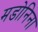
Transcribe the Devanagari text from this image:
मडोनिना